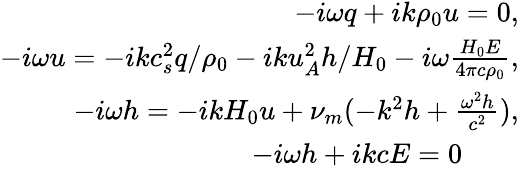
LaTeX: \begin{array}{r}{-i\omega q+ik\rho_{0}u=0,}\\ {-i\omega u=-ikc_{s}^{2}q/\rho_{0}-iku_{A}^{2}h/H_{0}-i\omega\frac{H_{0}E}{4\pi c\rho_{0}},}\\ {-i\omega h=-ikH_{0}u+\nu_{m}(-k^{2}h+\frac{\omega^{2}h}{c^{2}}),}\\ {-i\omega h+ikcE=0\qquad}\end{array}